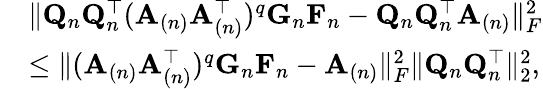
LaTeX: \begin{array}{rl}&{\| \mathbf{Q}_{n}\mathbf{Q}_{n}^{\top}(\mathbf{A}_{(n)}\mathbf{A}_{(n)}^{\top})^{q}\mathbf{G}_{n}\mathbf{F}_{n}-\mathbf{Q}_{n}\mathbf{Q}_{n}^{\top}\mathbf{A}_{(n)}\| _{F}^{2}}\\ &{\leq\| (\mathbf{A}_{(n)}\mathbf{A}_{(n)}^{\top})^{q}\mathbf{G}_{n}\mathbf{F}_{n}-\mathbf{A}_{(n)}\| _{F}^{2}\| \mathbf{Q}_{n}\mathbf{Q}_{n}^{\top}\| _{2}^{2},}\end{array}